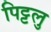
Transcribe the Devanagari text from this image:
पिट्टलु